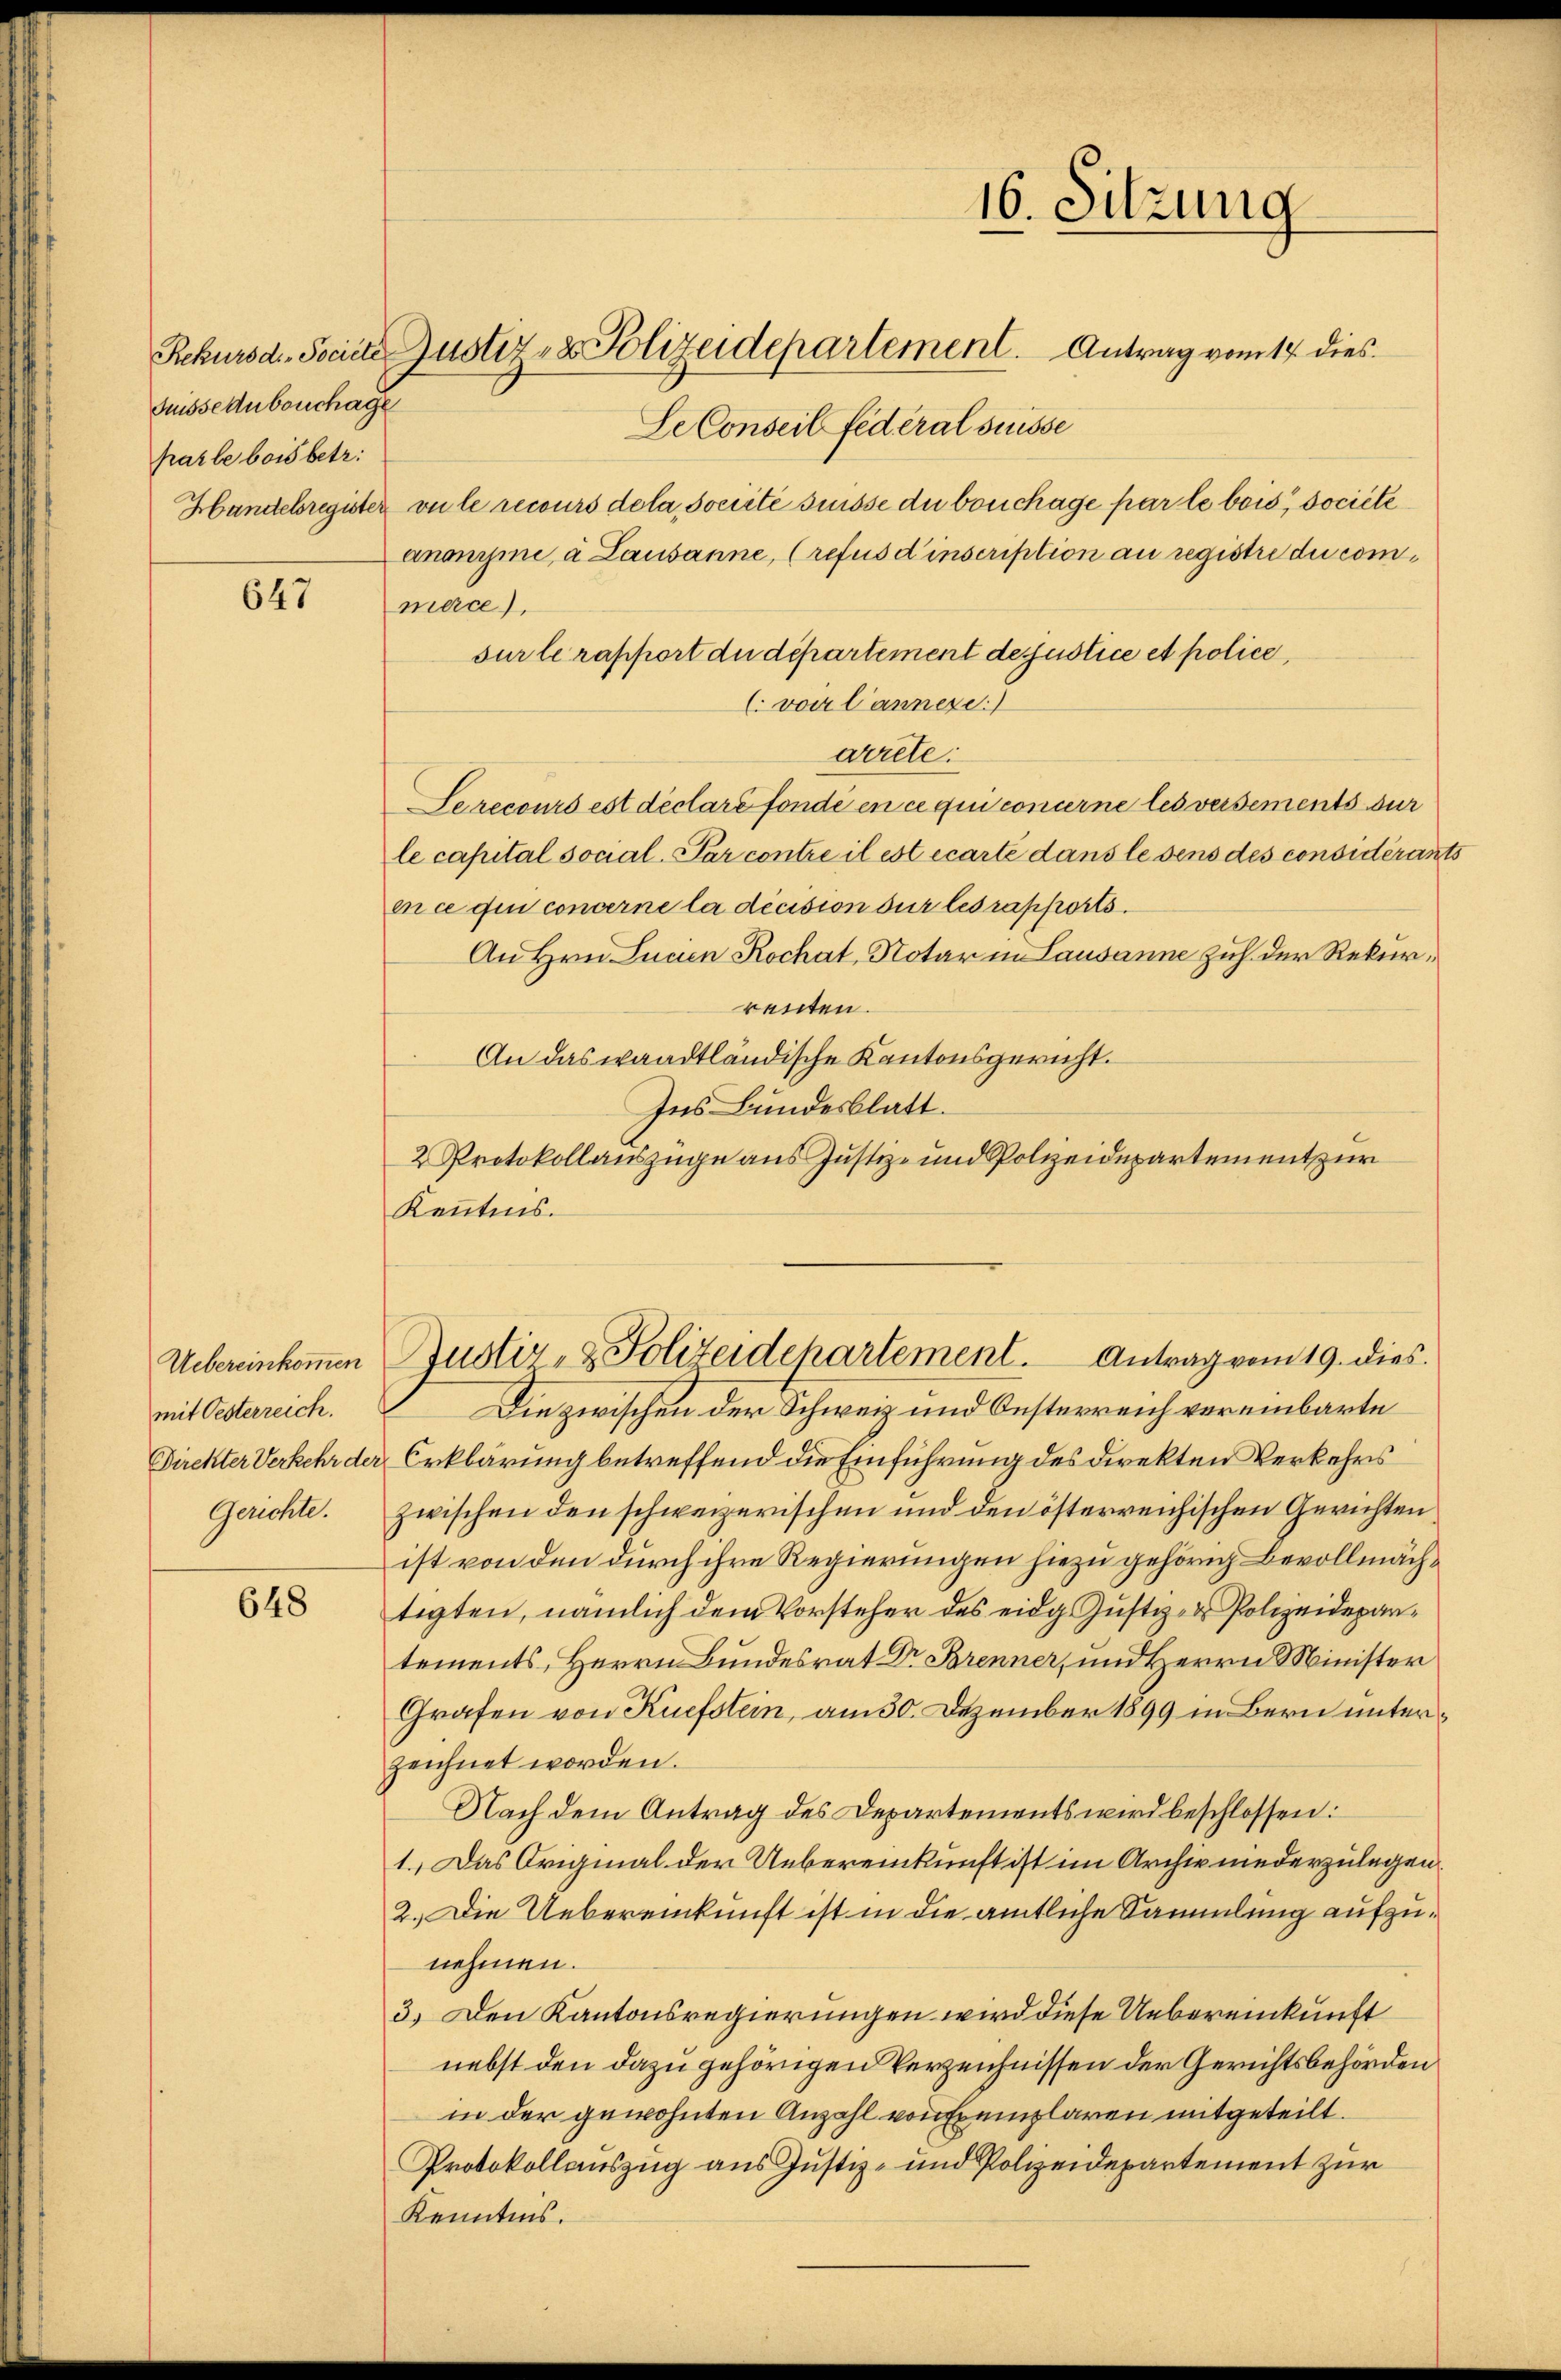
Ausseaubouchage
parle bois betr.

647

mit Oesterreich.
Gerichte.

648

16. Sitzung
Rekursdi-Societe Justiz- & Polizeidepartement. Antrag vom 17. dies
Le Conseil federal Suisse

Handelsregister vu le recours dola société suisse du bouchage parte bois, societe
anonymne à Lausanne, (refus d’inscription an registre du commerce),
(voir l’annere.)
arrete:
Serecours est déclaré fonde en ce qui concerne les versements sur
le capital social-Par contre il est écarte dans lesens des considérants
ence den concerne la décision sur les rapports.
An Hrn. Lucien Kochat, Notar in Lausanne zu der Rekurrenten.
An das waadtländische Kantonsgericht.
Ins Bundesblatt.
2 Protokollauszüge aus Justiz- und Polizeidepartement zur
Kenntnis.

sur le rapport du département desjustice et police,

Uebereinkommen Justiz- & Polizeidepartement. Antrag vom 19. dies

Die zwischen der Schweiz und Oesterreich vereinbarte
Direkter Verkehr der Erklärung betreffend die Einführung des Direkten Verkehrs
zwischen den schweizerischen und den österreichischen Gerichten,
ist von den durch ihre Regierungen hiezu gehörig Bevollmächtigten, nämlich dem Vorsteher des eidg. Justiz- & Polizeidepartements, Herrn Bundesrat Dr Brenner, und Herrn Minister
Grafen von Kuefstein, am 30. Dezember 1899 in Bern unterzeichnet worden.
Nach dem Antrag des Departements wird beschlossen:
1.) Das Original der Uebereinkunft ist im Archiv niederzulegen
2.) Die Uebereinkunft ist in die amtliche Sammlung aufzunehmen.
3.) Den Kantonsregierungen wird diese Uebereinkunft
nebst den dazu gehörigen Verzeichnissen der Gerichtsbehörden
in der gewohnten Anzahl von Exemplaren mitgeteilt.
Protokollauszug aus Justiz- und Polizeidepartement zur
Kenntnis.